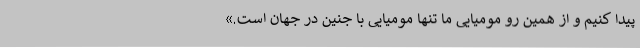
پیدا کنیم و از همین رو مومیایی ما تنها مومیایی با جنین در جهان است.»